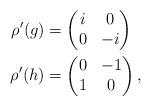
LaTeX: \begin{align*}\rho'(g) &= \begin{pmatrix} i & 0 \\ 0 & -i \end{pmatrix} \\\rho'(h) &= \begin{pmatrix} 0 & -1 \\ 1 & 0 \end{pmatrix},\end{align*}